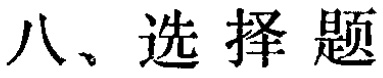
八、选择题